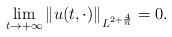
LaTeX: \begin{align*} \lim_{t\to +\infty} \|u(t,\cdot)\|_{L^{2+\frac4n}}=0. \end{align*}